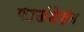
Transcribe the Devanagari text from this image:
फाऊंडेशंन